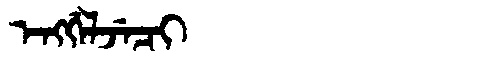
Manchu: ᡝᠩᡤᡝᠯᠵᡝᠴᡳ
Romanization: ENGGELJECI